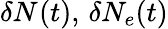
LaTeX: \delta N_{}(t),\, \delta N_{e}(t)